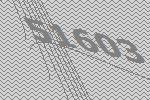
51603